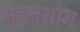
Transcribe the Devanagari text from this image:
भुवनशोम